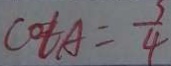
\cot A = \frac { 7 } { 4 }